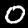
Label: 0